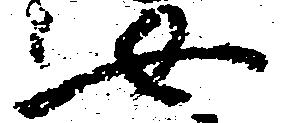
女